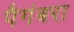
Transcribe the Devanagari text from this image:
पैगंबरा